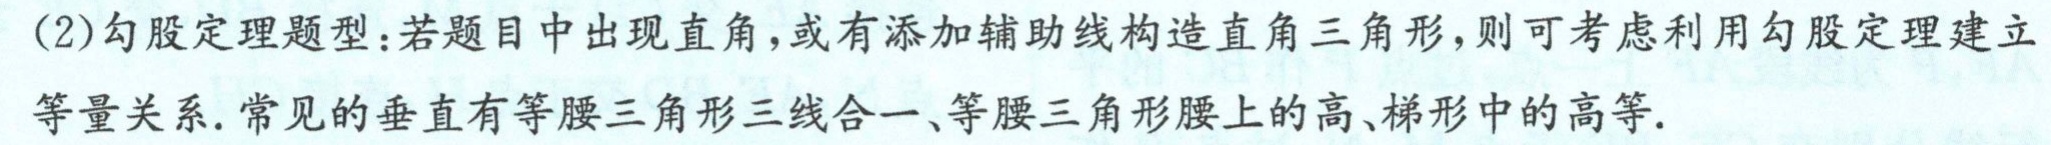
(2)勾股定理题型：若题目中出现直角，或有添加辅助线构造直角三角形，则可考虑利用勾股定理建立
等量关系.常见的垂直有等腰三角形三线合一、等腰三角形腰上的高、梯形中的高等.